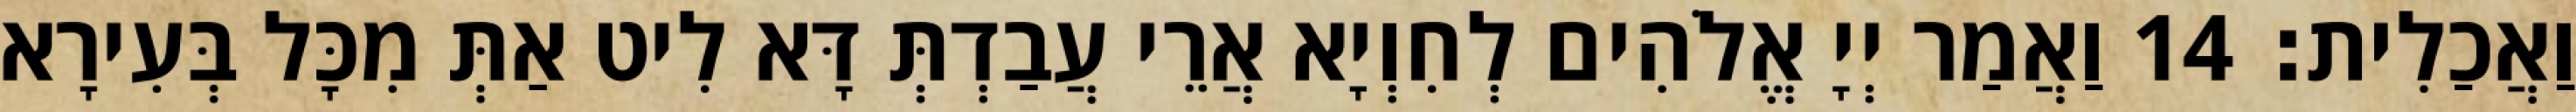
וַאֲכַלִית׃ 14 וַאֲמַר יְיָ אֱלֹהִים לְחִוְיָא אֲרֵי עֲבַדְתְּ דָּא לִיט אַתְּ מִכָּל בְּעִירָא